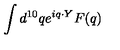
\int d ^ { 1 0 } q e ^ { i q \cdot Y } F ( q )